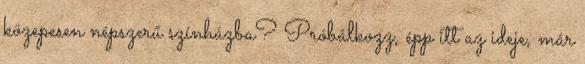
közepesen népszerű színházba? Próbálkozz, épp itt az ideje, már